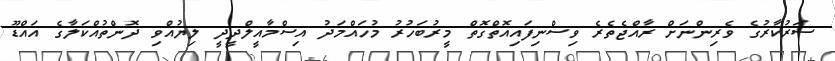
ސަރުކާރުގެ ވެރިންނަށް ރާއްޖެތެރެ ވިސްނިފައިއޮތްގޮތް މީރުބަހުރު މުހައްމަދު އިސްމާއީލްދީދީ ލިޔުއްވި ދޮންތުއްކަލާގެ އައްޑޫ